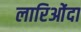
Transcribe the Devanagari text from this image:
लारिओंदा